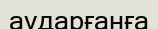
аударғанға